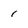
Character: 1